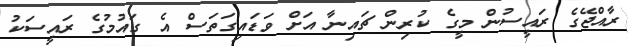
ރާއްޖޭގެ ރައީސުން މީގެ ކުރިން ޗައިނާ އަށް ވަޑައިގަތަސް އެ ގައުމުގެ ރައީސަކު